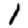
Digit: 1